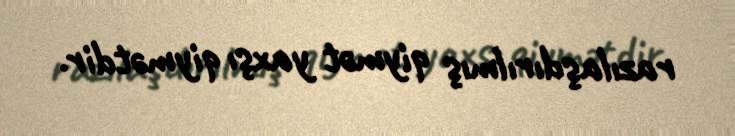
razılaşdırılmış qiymət yaxşı qiymətdir.